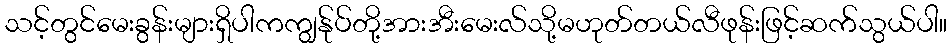
သင့်တွင်မေးခွန်းများရှိပါကကျွန်ုပ်တို့အားအီးမေးလ်သို့မဟုတ်တယ်လီဖုန်းဖြင့်ဆက်သွယ်ပါ။